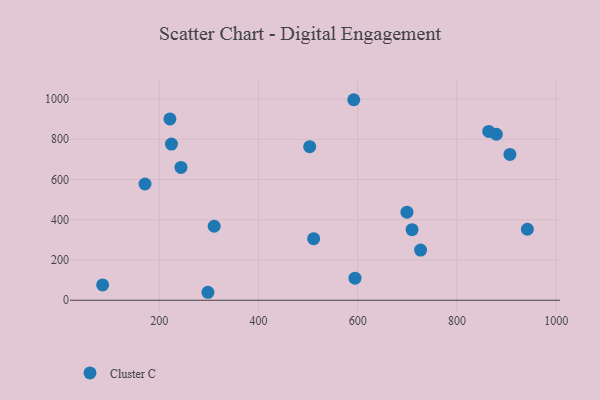
{"axis": {"x": "Investment", "y": "Salary"}, "legend": ["Cluster C"], "data": [{"x": "699.3", "y": 437.8, "type": "Cluster C"}, {"x": "906.8", "y": 724.8, "type": "Cluster C"}, {"x": "594.6", "y": 109.7, "type": "Cluster C"}, {"x": "298.2", "y": 39.6, "type": "Cluster C"}, {"x": "709.6", "y": 350.9, "type": "Cluster C"}, {"x": "224.7", "y": 776.0, "type": "Cluster C"}, {"x": "592.1", "y": 996.5, "type": "Cluster C"}, {"x": "243.9", "y": 660.3, "type": "Cluster C"}, {"x": "86.0", "y": 76.2, "type": "Cluster C"}, {"x": "221.6", "y": 900.9, "type": "Cluster C"}, {"x": "171.4", "y": 577.6, "type": "Cluster C"}, {"x": "879.5", "y": 824.8, "type": "Cluster C"}, {"x": "726.8", "y": 249.5, "type": "Cluster C"}, {"x": "511.3", "y": 305.8, "type": "Cluster C"}, {"x": "942.0", "y": 352.7, "type": "Cluster C"}, {"x": "864.1", "y": 839.0, "type": "Cluster C"}, {"x": "503.3", "y": 763.1, "type": "Cluster C"}, {"x": "310.8", "y": 367.6, "type": "Cluster C"}]}